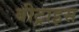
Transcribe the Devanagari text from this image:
बीट्राइस